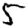
Digit: 5